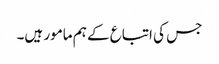
جس کی اتباع کے ہم مامور ہیں۔